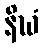
နိဃံ